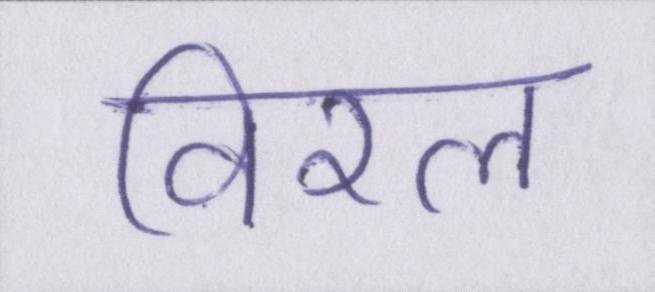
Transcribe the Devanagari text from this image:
विरल